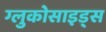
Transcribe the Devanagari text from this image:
ग्लुकोसाइड्‌स